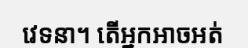
វេទនា។ តើអ្នកអាចអត់